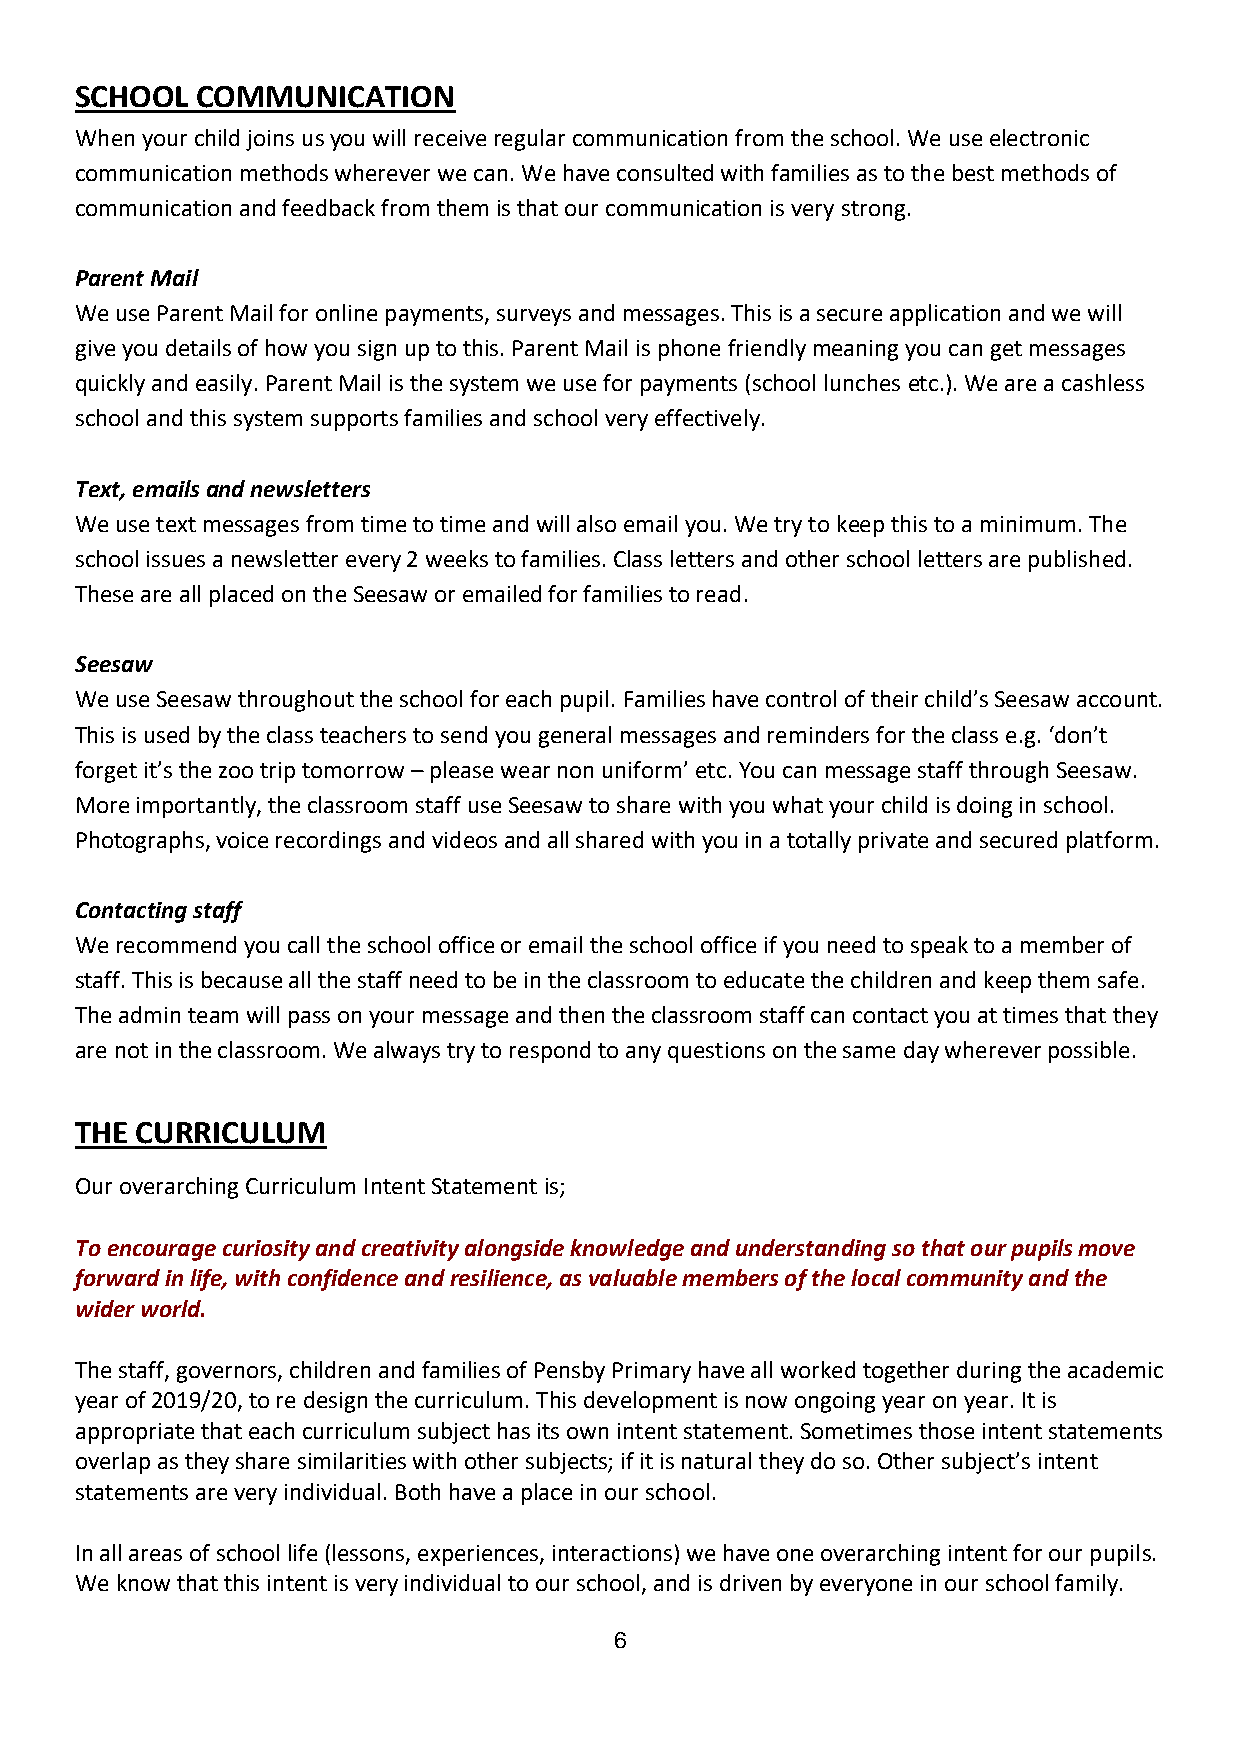
SCHOOL  COMMUNICATION
 When your child joins us you will receive regular communication from the school. We use electronic
 communication methods wherever we can. We have consulted with families as to the best methods of
 communication and feedback from them is that our communication is very strong.
 Parent Mail
 We use Parent Mail for online payments, surveys and messages. This is a secure application and we will
 give you details of how you sign up to this. Parent Mail is phone friendly meaning you can get messages
 quickly and easily. Parent Mail is the system we use for payments (school lunches etc.). We are a cashless
 school and this system supports families and school very effectively.
 Text, emails and newsletters
 We use text messages from time to time and will also email you. We try to keep this to a minimum. The
 school issues a newsletter every 2 weeks to families. Class letters and other school letters are published.
 These are all placed on the Seesaw or emailed for families to read.
 Seesaw
 We use Seesaw throughout the school for each pupil. Families have control of their child’s Seesaw account.
 This is used by the class teachers to send you general messages and reminders for the class e.g. ‘don’t
 forget it’s the zoo trip tomorrow – please wear non uniform’ etc. You can message staff through Seesaw.
 More importantly, the classroom staff use Seesaw to share with you what your child is doing in school.
 Photographs, voice recordings and videos and all shared with you in a totally private and secured platform.
 Contacting staff
 We recommend you call the school office or email the school office if you need to speak to a member of
 staff. This is because all the staff need to be in the classroom to educate the children and keep them safe.
 The admin team will pass on your message and then the classroom staff can contact you at times that they
 are not in the classroom. We always try to respond to any questions on the same day wherever possible.
 THE CURRICULUM
 Our overarching Curriculum Intent Statement is;
 To encourage curiosity and creativity alongside knowledge and understanding so that our pupils move
 forward in life, with confidence and resilience, as valuable members of the local community and the
 wider world.
 The staff, governors, children and families of Pensby Primary have all worked together during the academic
 year of 2019/20, to re design the curriculum. This development is now ongoing year on year. It is
 appropriate that each curriculum subject has its own intent statement. Sometimes those intent statements
 overlap as they share similarities with other subjects; if it is natural they do so. Other subject’s intent
 statements are very individual. Both have a place in our school.
 In all areas of school life (lessons, experiences, interactions) we have one overarching intent for our pupils.
 We know that this intent is very individual to our school, and is driven by everyone in our school family.
 6